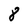
Character: 8